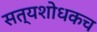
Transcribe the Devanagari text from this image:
सत्यशोधकच